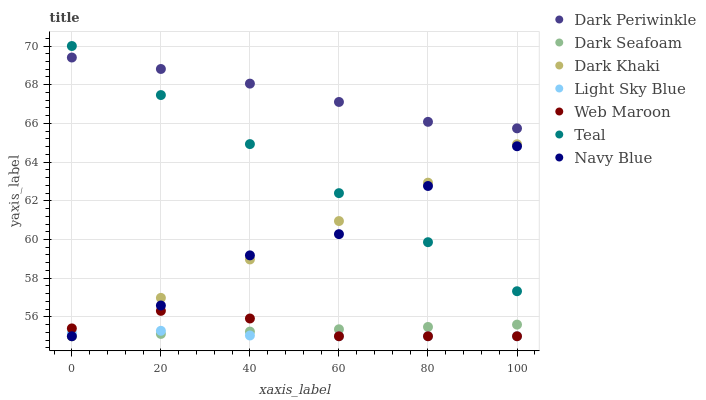
| xaxis_label | Dark Periwinkle | Dark Seafoam | Dark Khaki | Light Sky Blue | Web Maroon | Teal | Navy Blue |
 | --- | --- | --- | --- | --- | --- | --- | --- |
 | 0 | 69.4 | 55 | 55 | 55.2 | 55.4 | 70 | 55 |
 | 20 | 68.8 | 55.1 | 57 | 55.3 | 56.3 | 67.5 | 56.6 |
 | 40 | 68.1 | 55.2 | 59 | 55 | 55.9 | 64.9 | 59.2 |
 | 60 | 67.1 | 55.4 | 61 | 55 | 55 | 62.4 | 60.3 |
 | 80 | 66.1 | 55.5 | 62.9 | 55 | 55 | 59.9 | 62.8 |
 | 100 | 65.7 | 55.6 | 64.9 | 55 | 55 | 57.3 | 64.8 |